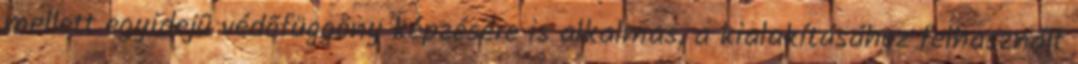
mellett egyidejû védõfüggöny képzésére is alkalmas, a kialakításához felhasznált